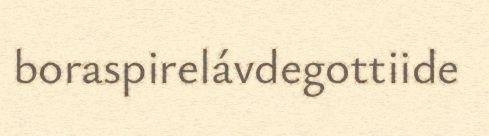
boraspirelávdegottiide